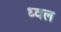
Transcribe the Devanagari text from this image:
ध्वल